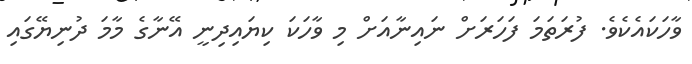
ވާހަކައެކެވެ. ފުރަތަަމަ ފަހަރަށް ނައިނާއަށް މި ވާހަކަ ކިޔައިދިނީ އޭނާގެ މާމަ ދުނިޔޭގައި